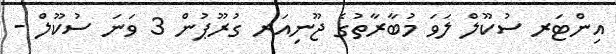
އިންޓަރ ސުކޫލް ލަވަ މުބާރާތުގެ ޖޫނިއަރ ގުރޫޕުން 3 ވަނަ ސުކޫލް -